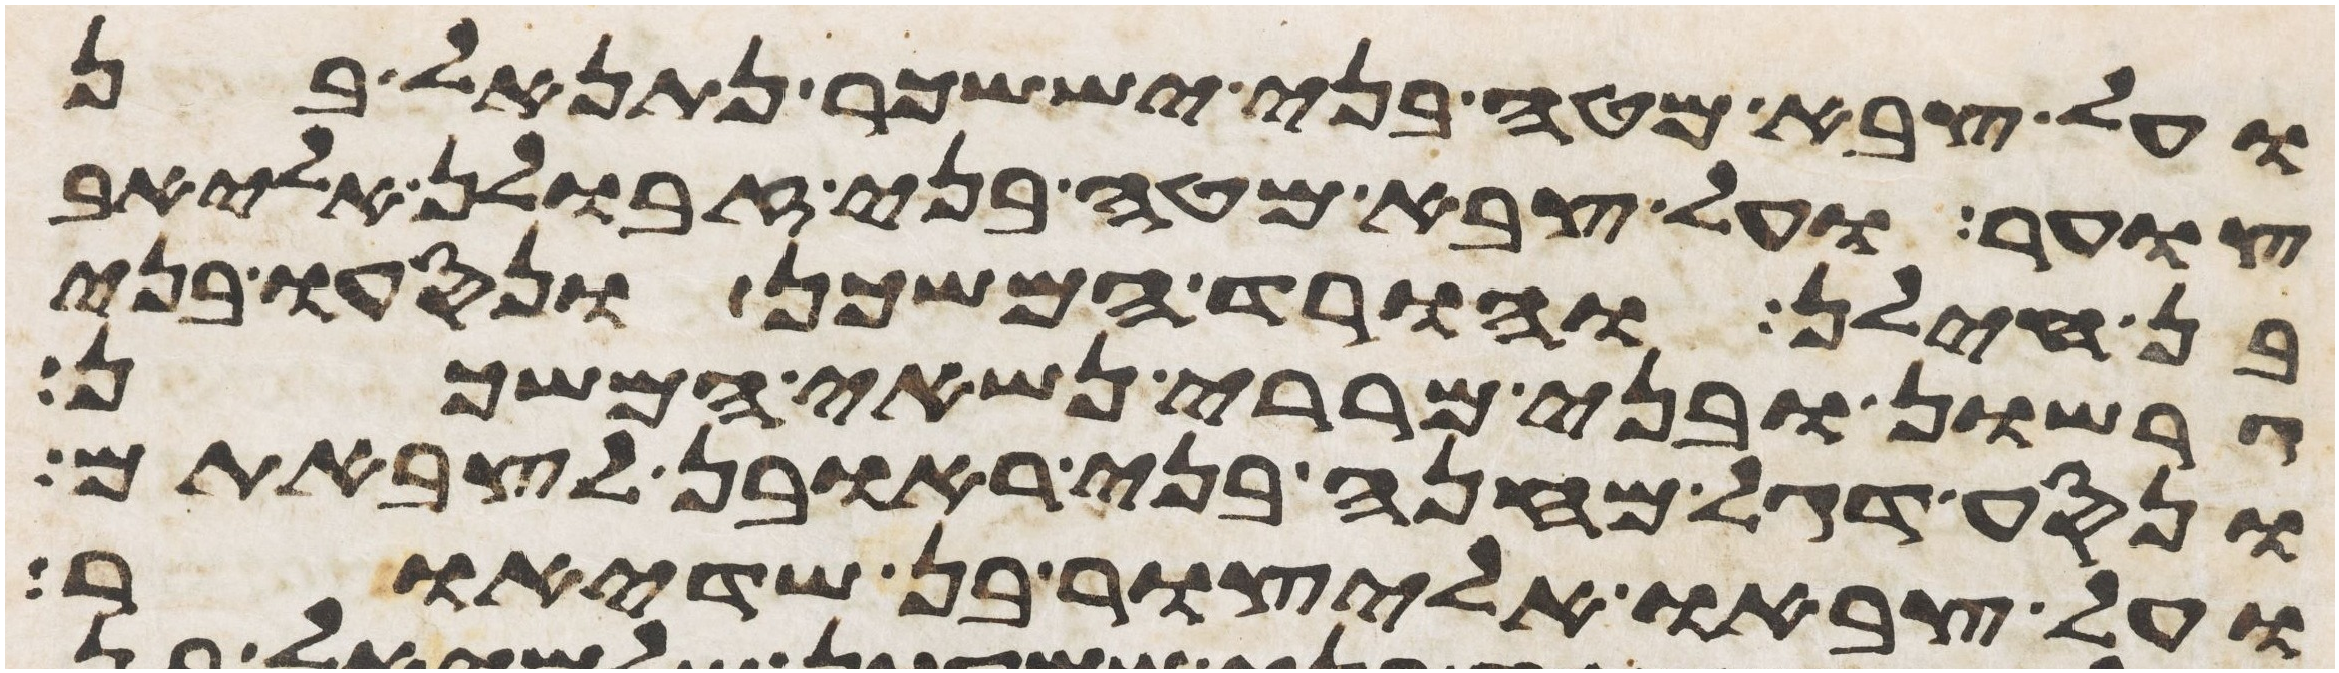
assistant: ועל צבא מטה בני יששכר נתנאל בן
צוער ועל צבא מטה בני זבולן אליאב
בן חילן והורד המשכן ונסעו בני
גרשון ובני מררי נשאי המשכן
ונסע דגל מחנה בני ראובן לצבאתם
ועל צבאו אליצור בן שדיאור